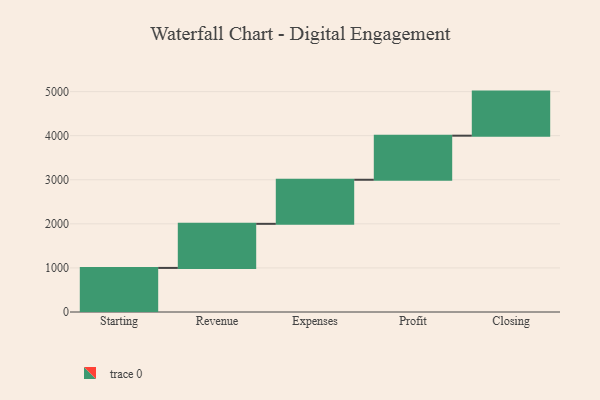
{"axis": {"x": "Step", "y": "Value"}, "legend": [""], "data": [{"x": "Starting", "y": 1000, "type": ""}, {"x": "Revenue", "y": 1000, "type": ""}, {"x": "Expenses", "y": 1000, "type": ""}, {"x": "Profit", "y": 1000, "type": ""}, {"x": "Closing", "y": 1000, "type": ""}]}